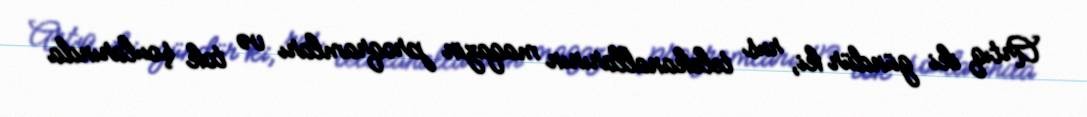
Artıq iki gündür ki, rus telekanallarının maqazin proqramları və tok şoularında